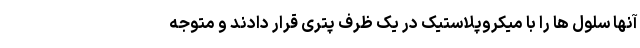
آنها سلول ها را با میکروپلاستیک در یک ظرف پتری قرار دادند و متوجه